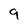
Character: 9